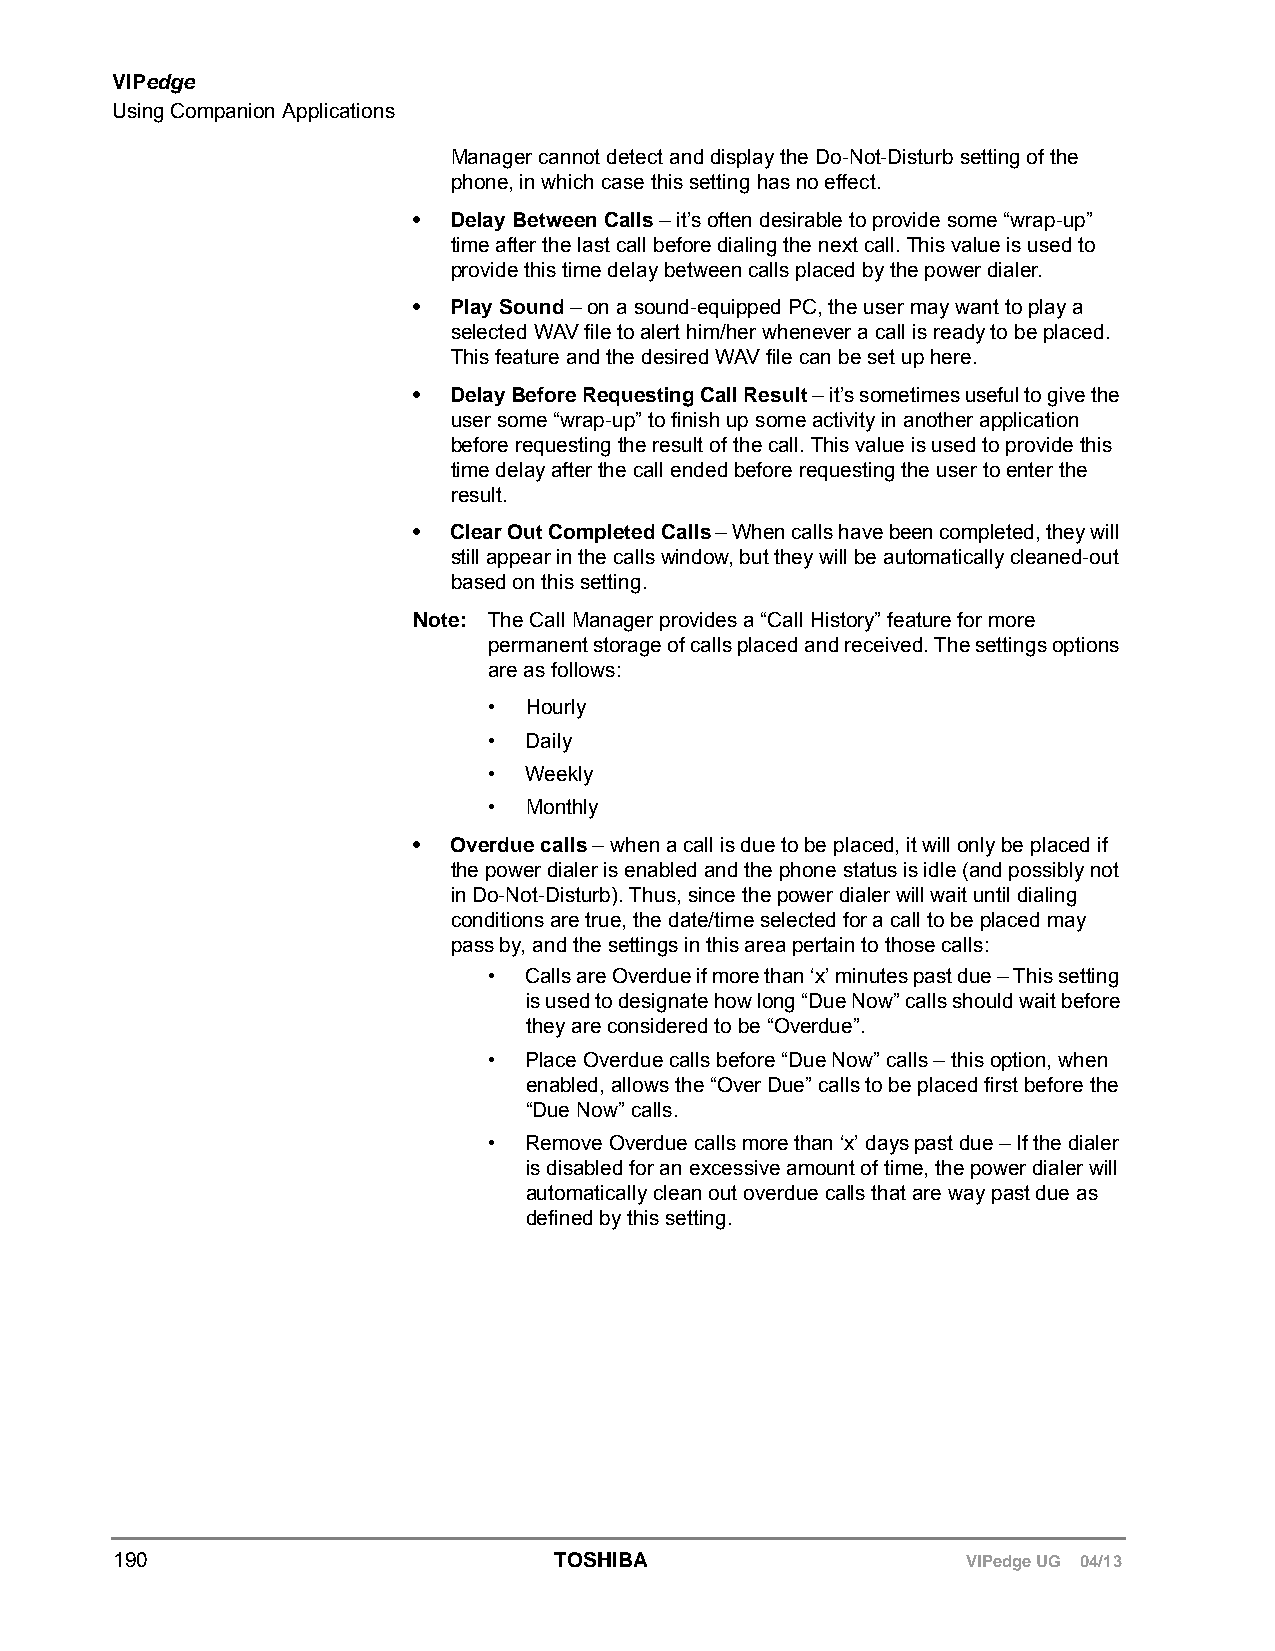
VIPedge
 Using Companion Applications
 Manager cannot detect and display the Do-Not-Disturb setting of the
 phone, in which case this setting has no effect.
 •  Delay Between Calls – it’s often desirable to provide some “wrap-up”
 time after the last call before dialing the next call. This value is used to
 provide this time delay between calls placed by the power dialer.
 •  Play Sound – on a sound-equipped PC, the user may want to play a
 selected WAV file to alert him/her whenever a call is ready to be placed.
 This feature and the desired WAV file can be set up here.
 •  Delay Before Requesting Call Result – it’s sometimes useful to give the
 user some “wrap-up” to finish up some activity in another application
 before requesting the result of the call. This value is used to provide this
 time delay after the call ended before requesting the user to enter the
 result.
 •  Clear Out Completed Calls – When calls have been completed, they will
 still appear in the calls window, but they will be automatically cleaned-out
 based on this setting.
 Note: The Call Manager provides a “Call History” feature for more
 permanent storage of calls placed and received. The settings options
 are as follows:
 •  Hourly
 •  Daily
 •  Weekly
 •  Monthly
 •  Overdue calls – when a call is due to be placed, it will only be placed if
 the power dialer is enabled and the phone status is idle (and possibly not
 in Do-Not-Disturb). Thus, since the power dialer will wait until dialing
 conditions are true, the date/time selected for a call to be placed may
 pass by, and the settings in this area pertain to those calls:
 •  Calls are Overdue if more than ‘x’ minutes past due – This setting
 is used to designate how long “Due Now” calls should wait before
 they are considered to be “Overdue”.
 •  Place Overdue calls before “Due Now” calls – this option, when
 enabled, allows the “Over Due” calls to be placed first before the
 “Due Now” calls.
 •  Remove Overdue calls more than ‘x’ days past due – If the dialer
 is disabled for an excessive amount of time, the power dialer will
 automatically clean out overdue calls that are way past due as
 defined by this setting.
 190                          TOSHIBA                    VIPedge UG 04/13